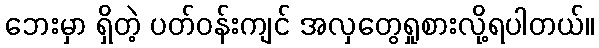
ဘေးမှာ ရှိတဲ့ ပတ်ဝန်းကျင် အလှတွေရှုစားလို့ရပါတယ်။